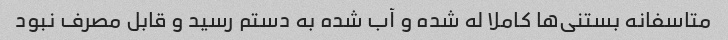
متاسفانه بستنی‌ها کاملا له شده و آب شده به دستم رسید و قابل مصرف نبود